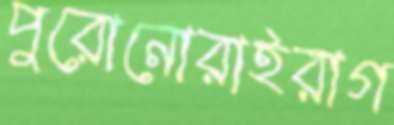
পুরোনোরাইরাগ